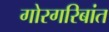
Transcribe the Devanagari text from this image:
गोरगरिबांत